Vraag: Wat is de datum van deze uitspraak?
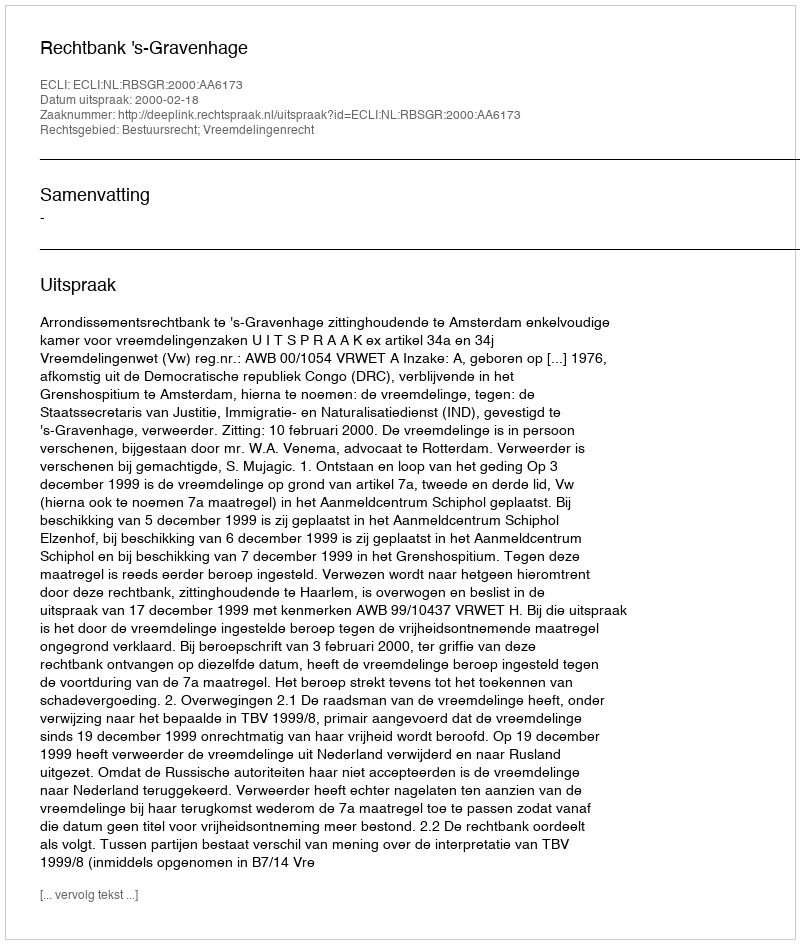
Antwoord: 2000-02-18